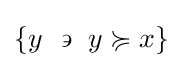
\left\{y~\backepsilon ~y\succcurlyeq x\right\}